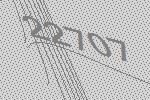
22707